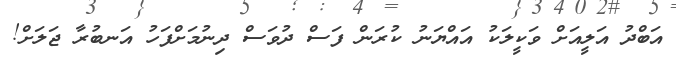
އަބްދު އަލީއަށް ވަކީލަކު އައްޔަނު ކުރަން ފަސް ދުވަސް ދިނުމަށްފަހު އަނބުރާ ޖަލަށް!